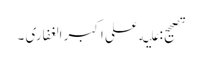
تصحیح: علیه علی اکبر الغفاری ۔